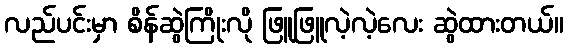
လည်ပင်းမှာ စိန်ဆွဲကြိုးလို ဖြူဖြူလဲ့လဲ့လေး ဆွဲထားတယ်။